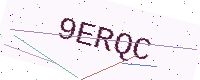
Text: 9ERQC